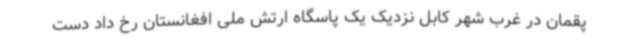
پقمان در غرب شهر کابل نزدیک یک پاسگاه ارتش ملی افغانستان رخ داد دست